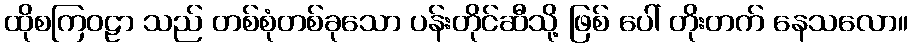
ထိုစကြဝဠာ သည် တစ်စုံတစ်ခုသော ပန်းတိုင်ဆီသို့ ဖြစ် ပေါ် တိုးတက် နေသလော။